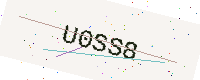
Text: U0SS8